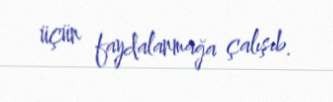
üçün faydalanmağa çalışıb.